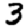
Digit: 3